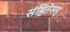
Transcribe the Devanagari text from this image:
संहितेसह